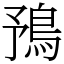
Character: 𩿎